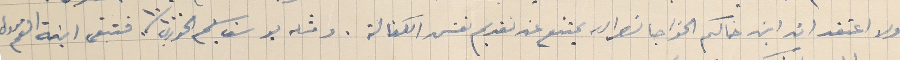
ولا اعتقد ان ابن خالكم الخواجا نصرالله يمتنع عن تقديم نفس الكفالة. ومثله يوسف سليم الخوري ١٠/١٠٠ فتبقى ابنة العم مروى